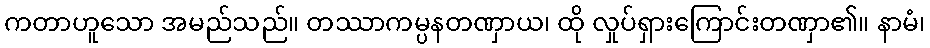
ကတာဟူသော အမည်သည်။ တဿာကမ္ပနတဏှာယ၊ ထို လှုပ်ရှားကြောင်းတဏှာ၏။ နာမံ၊